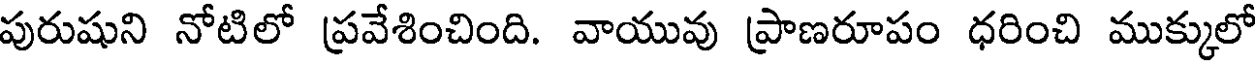
పురుషుని నోటిలో ప్రవేశించింది. వాయువు ప్రాణరూపం ధరించి ముక్కులో